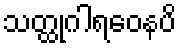
သတ္ထုဂါရဝေနပိ